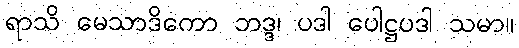
ရာသိ မေသာဒိကော ဘဒ္ဒ၊ ပဒါ ပေါဋ္ဌပဒါ သမာ။